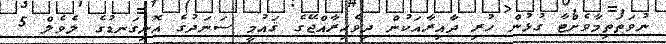
ނުވަތަތިމާވެށްޓާ ގުޅުން ހުރި ދާއިރާއަކުން ދިވެހިރާއްޖޭގެ ޤައުމީ ސަނަދުގެ އޮނިގަނޑުގެ ލެވެލް 5